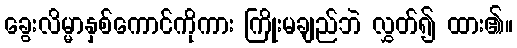
ခွေးလိမ္မာနှစ်ကောင်ကိုကား ကြိုးမချည်ဘဲ လွှတ်၍ ထား၏။